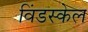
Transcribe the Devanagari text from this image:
विंडस्केल